Annual report of the Imperial Bacteriological Laboratory, Muktesar
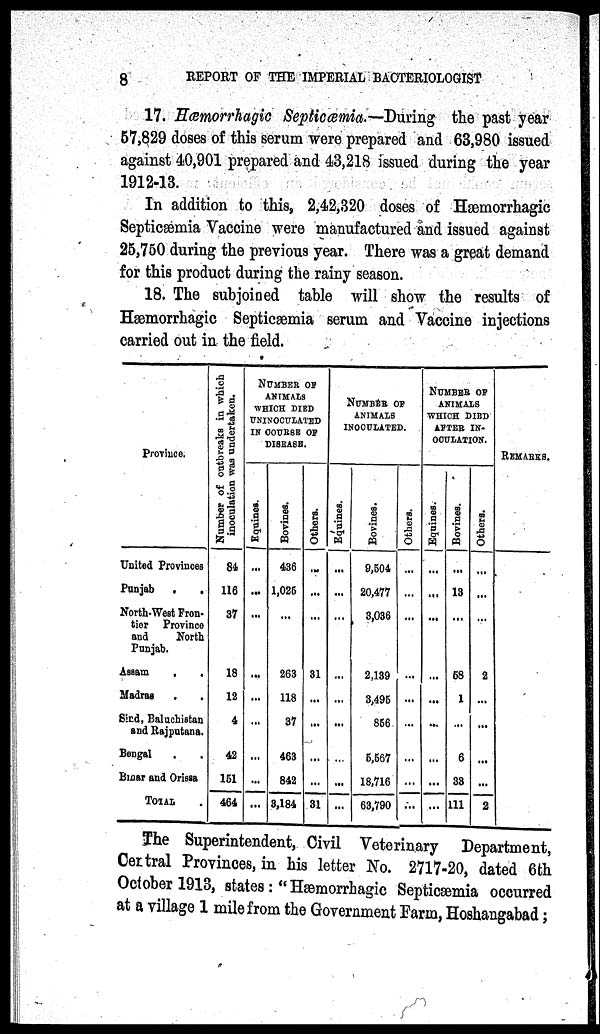
8
REPORT OF THE IMPERIAL BACTERIOLOGIST
17. Hæmorrhagic Septicæmia.—During the past year
57,829 doses of this serum were prepared and 63,980 issued
against 40,901 prepared and 43,218 issued during the year
1912-13.
In addition to this, 2,42,320 doses of Hæmorrhagic
Septicæmia Vaccine were manufactured and issued against
25,750 during the previous year. There was a great demand
for this product during the rainy season.
18. The subjoined table will show the results of
Hæmorrhagic Septicæmia serum and Vaccine injections
carried out in the field.
Province.
United Provinces
Punjab . .
North-West Fron-
tier Province
and
North
Punjab.
Assam
.
.
Madras
Sind, Baluchistan
and Rajputana.
Bengal . .
Bihar and Orissa
TOTAL
Number of outbreaks in which
inoculation was undertaken.
84
116
37
18
12
4
42
151
464
NUMBER OF
ANIMALS
WHICH DIED
UNINOCULATED
IN COURSE OF
DISEASE.
Equi nes .
...
...
...
...
...
...
...
...
...
...
...
...
Bovme s .
436
1,025
...
...
...
...
263
118
37
463
842
3,184
Ot her s .
...
...
...
...
...
...
31
...
...
...
...
31
NUMBER OF
ANIMALS
INOCULATED.
Equines
...
...
...
...
...
...
...
...
...
...
...
...
Bovines.
9,504
20,477
3,036
...
...
2,139
3,495
856
5,567
18,716
63,790
Others.
...
...
...
...
...
...
...
...
...
...
...
NUMBER OF
ANIMALS
WHICH DIED
AFTER IN-
OCULATION.
Equines.
...
...
...
...
...
...
...
...
...
...
...
Bovives.
...
13
...
...
58
1
...
6
33
111
Othe
...
...
...
...
2
...
...
...
2
REMARKS.
The Superintendent, Civil Veterinary Department,
Central Provinces, in his letter No. 2717-20, dated 6th
October 1913, states: "Hæmorrhagic Septicæmia occurred
at a village 1 mile from the Government Farm, Hoshangabad;